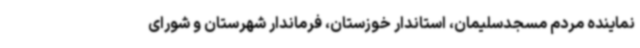
نماینده مردم مسجدسلیمان، استاندار خوزستان، فرماندار شهرستان و شورای